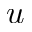
u